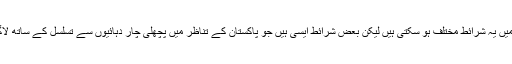
مختلف صورتحال میں یہ شرائط مختلف ہو سکتی ہیں لیکن بعض شرائط ایسی ہیں جو پاکستان کے تناظر میں پچھلی چار دہائیوں سے تسلسل کے ساتھ لاگو کی جا رہی ہیں۔